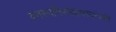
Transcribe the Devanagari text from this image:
वनस्पतिसंग्रहालयांपकी